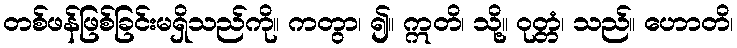
တစ်ဖန်ဖြစ်ခြင်းမရှိသည်ကို။ ကတွာ၊ ၍။ ဣတိ၊ သို့။ ဝုတ္တံ၊ သည်။ ဟောတိ၊